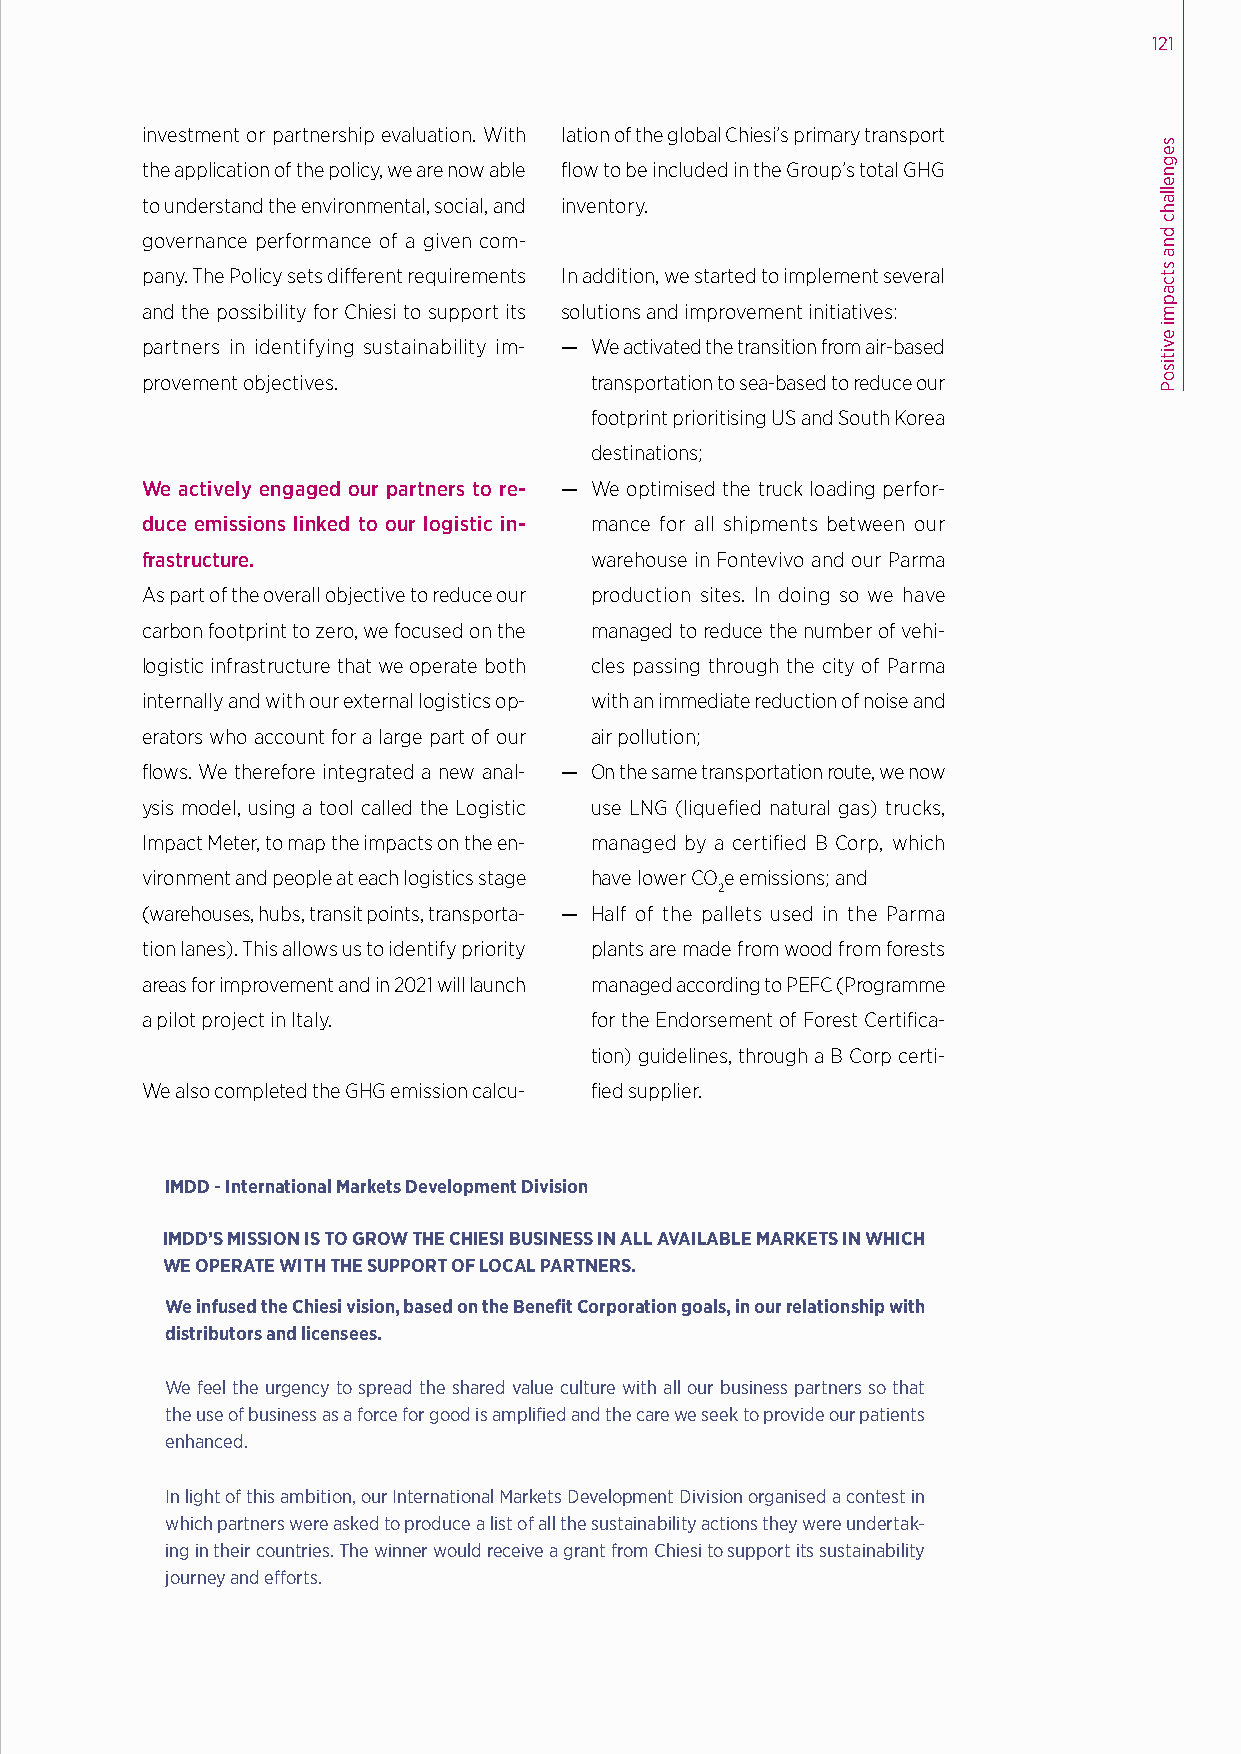
121
 investment or partnership evaluation. With lation of the global Chiesi’s primary transport
 the application of the policy, we are now able flow to be included in the Group’s total GHG
 to understand the environmental, social, and inventory.
 governance performance of a given com-
 pany. The Policy sets different requirements In addition, we started to implement several
 and the possibility for Chiesi to support its solutions and improvement initiatives:
 partners in identifying sustainability im- — We activated the transition from air-based
 provement objectives.         transportation to sea-based to reduce our
 footprint prioritising US and South Korea
 destinations;
 We actively engaged our partners to re- — We optimised the truck loading perfor-
 duce emissions linked to our logistic in- mance for all shipments between our
 frastructure.                 warehouse in Fontevivo and our Parma
 As part of the overall objective to reduce our production sites. In doing so we have
 carbon footprint to zero, we focused on the managed to reduce the number of vehi-
 logistic infrastructure that we operate both cles passing through the city of Parma
 internally and with our external logistics op- with an immediate reduction of noise and
 erators who account for a large part of our air pollution;
 flows. We therefore integrated a new anal- — On the same transportation route, we now
 ysis model, using a tool called the Logistic use LNG (liquefied natural gas) trucks,
 Impact Meter, to map the impacts on the en- managed by a certified B Corp, which
 vironment and people at each logistics stage have lower COe emissions; and
 2
 (warehouses, hubs, transit points, transporta- — Half of the pallets used in the Parma
 tion lanes). This allows us to identify priority plants are made from wood from forests
 areas for improvement and in 2021 will launch managed according to PEFC (Programme
 a pilot project in Italy.     for the Endorsement of Forest Certifica-
 tion) guidelines, through a B Corp certi-
 We also completed the GHG emission calcu- fied supplier.
 IMDD - International Markets Development Division
 IMDD’S MISSION IS TO GROW THE CHIESI BUSINESS IN ALL AVAILABLE MARKETS IN WHICH
 WE OPERATE WITH THE SUPPORT OF LOCAL PARTNERS.
 We infused the Chiesi vision, based on the Benefit Corporation goals, in our relationship with
 distributors and licensees.
 We feel the urgency to spread the shared value culture with all our business partners so that
 the use of business as a force for good is amplified and the care we seek to provide our patients
 enhanced.
 In light of this ambition, our International Markets Development Division organised a contest in
 which partners were asked to produce a list of all the sustainability actions they were undertak-
 ing in their countries. The winner would receive a grant from Chiesi to support its sustainability
 journey and efforts.
 segnellahc
 dna
 stcapmi
 evitisoP